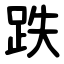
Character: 跌